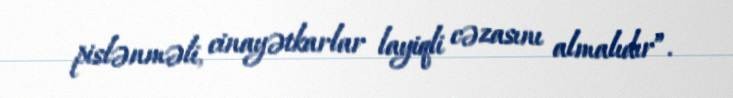
pislənməli, cinayətkarlar layiqli cəzasını almalıdır”.